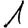
Digit: 1